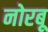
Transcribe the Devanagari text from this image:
नोरबू